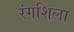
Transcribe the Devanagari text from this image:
रंगशिला